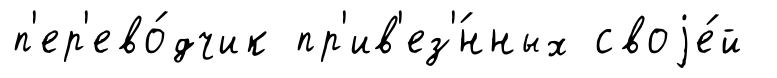
п'ер'ево́дчик пр'ив'ез'́нных своjе́й